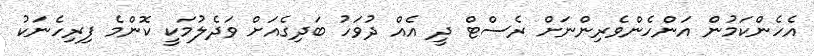
އެހެންކަމުން އަންހެންވެރިންނަށް ރެސްޓް ދީ އެއް ދުވަހު ބަދިގެއަށް ވަދެލުމަކީ ކޮންމެ ފިރިހެނަކު